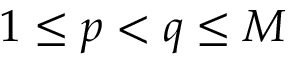
1 \leq p < q \leq M